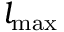
l _ { \mathrm { m a x } }